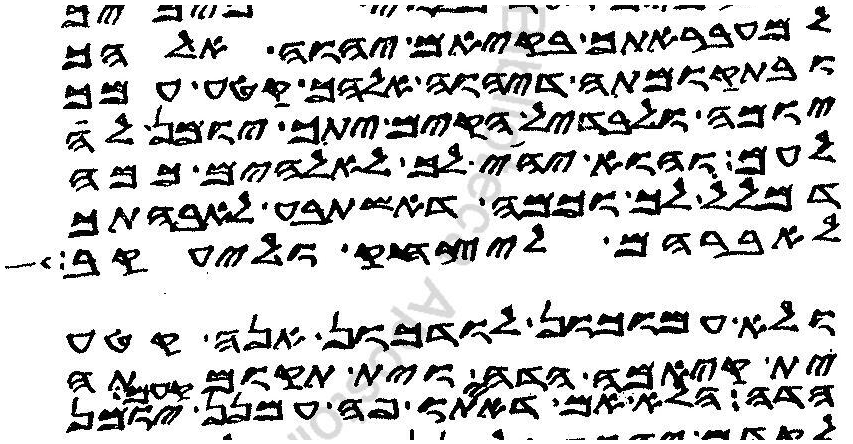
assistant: למעבראתך בקיאם יהוה אלהך
ובתקומתה דיהוה אלהך קטע עמך
יומה לבדיל הקים יתך יומן לה
לעם והוא יהי לך לאלהים כמה
דמלל לך וכמה דאשתבע לאבהתך
לאברהם ליצחק וליעקב
ולא עמוכון לודכון אנה קטע
ית קיאמה הדה וית תקומתה
הדה הלא אם דאיתו פה הכה עמנן יומן